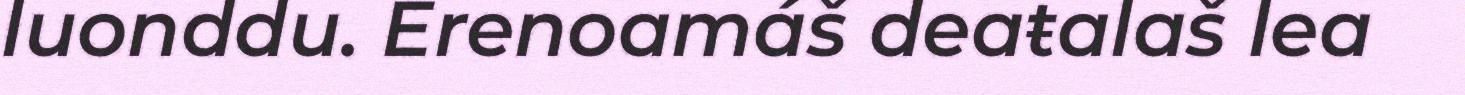
luonddu. Erenoamáš deaŧalaš lea